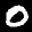
Label: 0